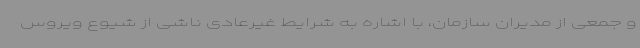
و جمعی از مدیران سازمان، با اشاره به شرایط غیرعادی ناشی از شیوع ویروس